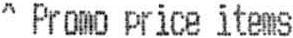
^ PROMO PRICE ITEMS